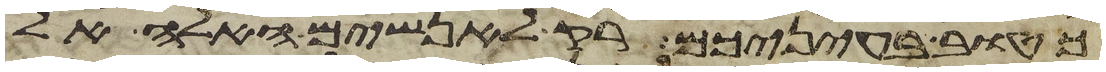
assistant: כטוב בעיניכם רק לאנשים האלה אל